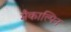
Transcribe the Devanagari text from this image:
मैकाल्पिन